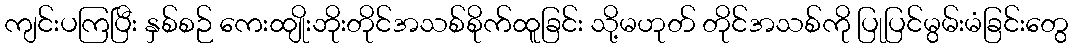
ကျင်းပကြပြီး နှစ်စဉ် ကေးထျိုးဘိုးတိုင်အသစ်စိုက်ထူခြင်း သို့မဟုတ် တိုင်အသစ်ကို ပြုပြင်မွမ်းမံခြင်းတွေ